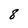
Character: 8